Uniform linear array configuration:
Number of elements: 8
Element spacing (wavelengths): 0.75
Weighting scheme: exponential
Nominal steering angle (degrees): -15
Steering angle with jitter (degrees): -14.853
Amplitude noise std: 0.05
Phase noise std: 0.05

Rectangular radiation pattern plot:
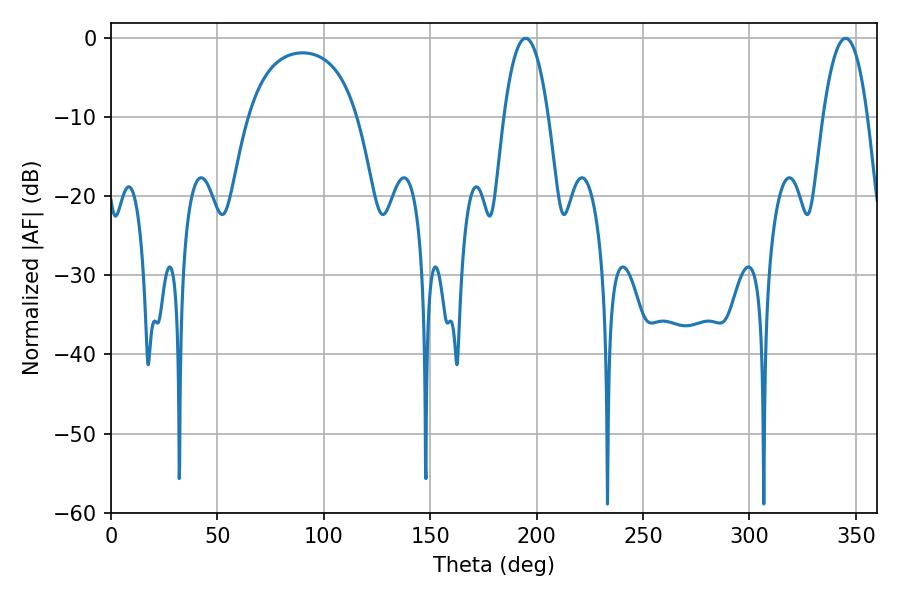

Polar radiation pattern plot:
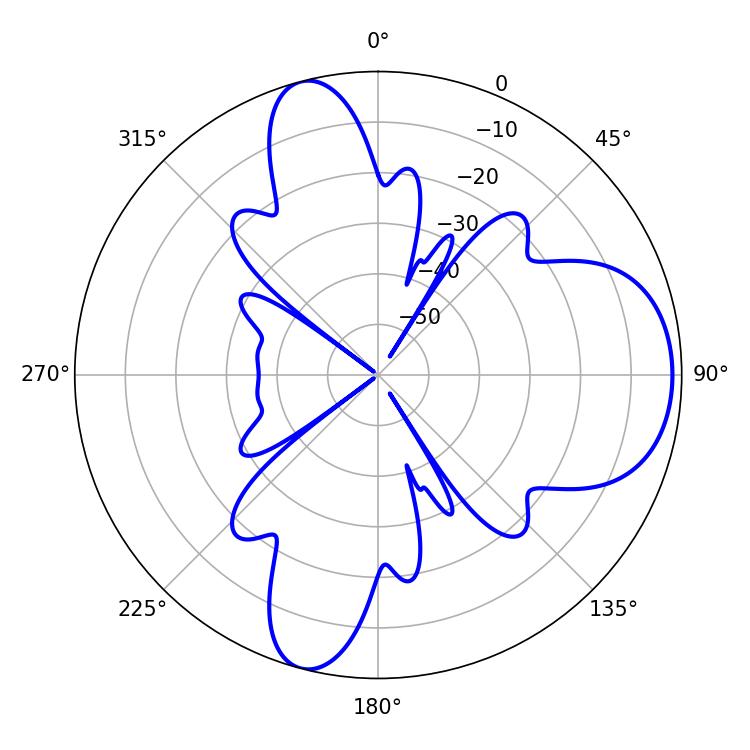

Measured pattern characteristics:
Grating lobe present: TRUE
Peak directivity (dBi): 8.503
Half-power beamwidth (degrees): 11.52
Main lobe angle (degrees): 194.76